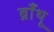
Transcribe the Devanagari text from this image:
ब्राँथू